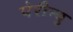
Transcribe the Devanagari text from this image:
पेरीन्यु